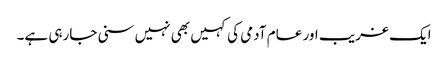
ایک غریب اور عام آدمی کی کہیں بھی نہیں سنی جارہی ہے۔